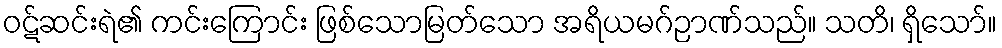
ဝဋ်ဆင်းရဲ၏ ကင်းကြောင်း ဖြစ်သောမြတ်သော အရိယမဂ်ဉာဏ်သည်။ သတိ၊ ရှိသော်။